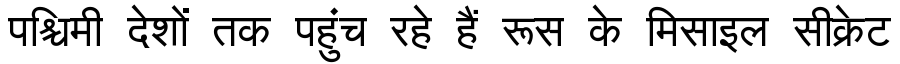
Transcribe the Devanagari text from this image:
पश्चिमी देशों तक पहुंच रहे हैं रूस के मिसाइल सीक्रेट